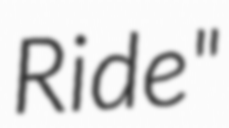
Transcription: Ride"